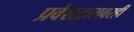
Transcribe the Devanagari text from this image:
प्रवेशद्वारावरही